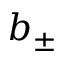
b _ { \pm }